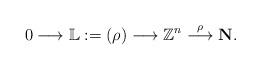
LaTeX: \begin{align*}0 \longrightarrow \mathbb{L}:=(\rho) \longrightarrow \mathbb{Z}^{n} \stackrel{\rho}{\longrightarrow} \textbf{N}.\end{align*}